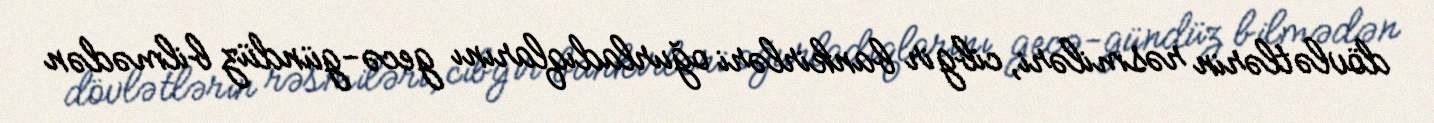
dövlətlərin rəsmiləri, cibgir bankirləri oğurladıqlarını gecə-gündüz bilmədən